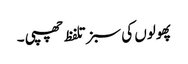
پھولوں کی سبز تلفظ چھپی ۔